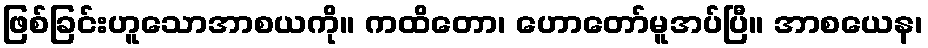
ဖြစ်ခြင်းဟူသောအာစယကို။ ကထိတော၊ ဟောတော်မူအပ်ပြီ။ အာစယေန၊